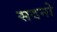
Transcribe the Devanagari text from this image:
सदनो